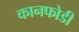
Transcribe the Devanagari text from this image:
कानफोडी